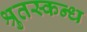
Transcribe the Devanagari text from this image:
श्रुतस्कन्ध